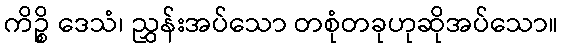
ကိဉ္စိ ဒေသံ၊ ညွှန်းအပ်သော တစုံတခုဟုဆိုအပ်သော။